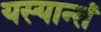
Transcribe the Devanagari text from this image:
यस्यान्तं